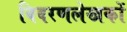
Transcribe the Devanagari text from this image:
विवरणलेखकों